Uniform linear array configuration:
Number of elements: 4
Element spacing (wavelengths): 0.25
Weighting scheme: hann
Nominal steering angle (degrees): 30
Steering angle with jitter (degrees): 29.802
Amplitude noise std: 0.05
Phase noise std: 0.05

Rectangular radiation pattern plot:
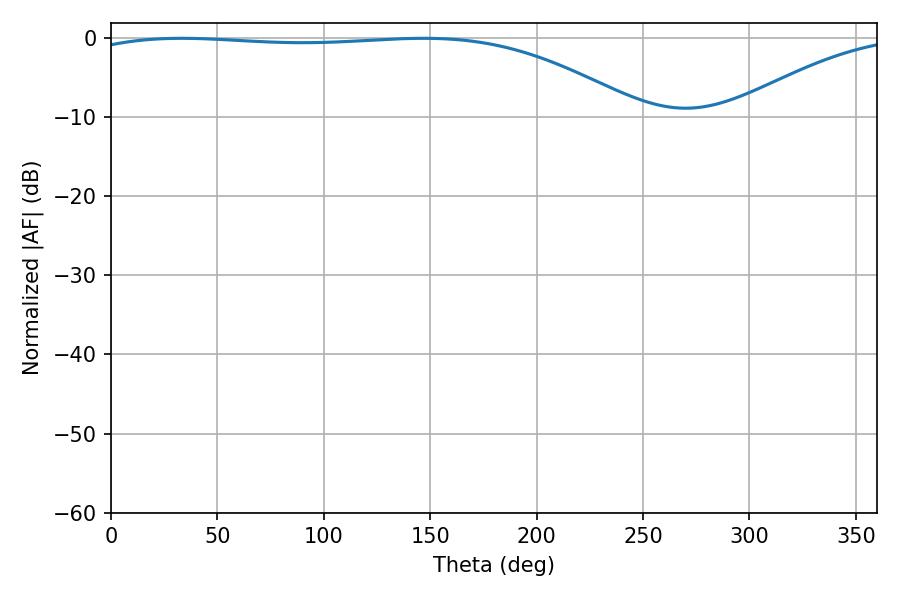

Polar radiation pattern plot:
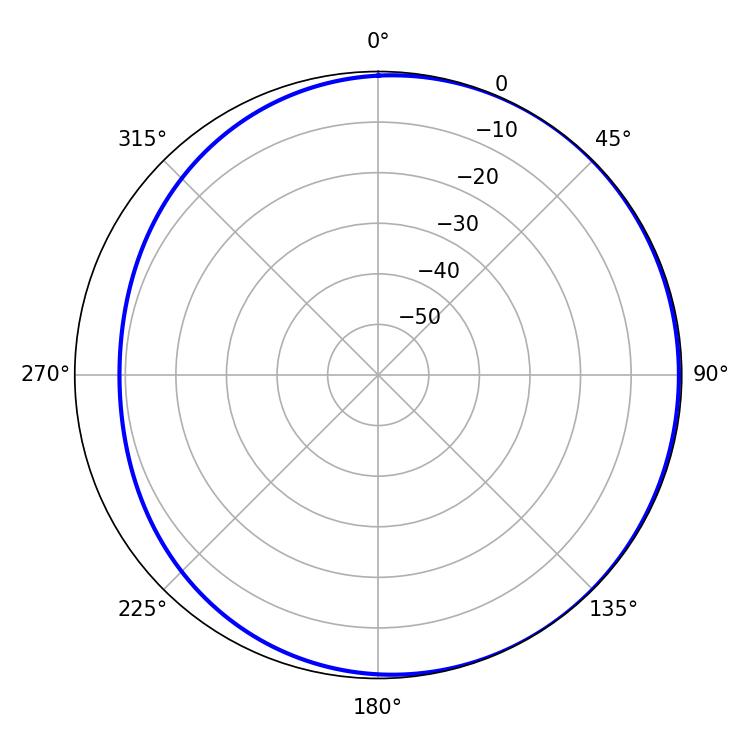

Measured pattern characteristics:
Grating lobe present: FALSE
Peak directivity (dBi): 1.757
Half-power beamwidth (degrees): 207.36
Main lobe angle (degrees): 146.88